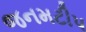
જનમટીપ